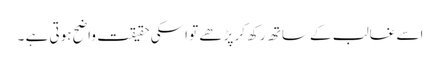
اسے غالب کے ساتھ رکھ کر پڑھے تو اسکی حقیقت واضح ہوتی ہے ۔